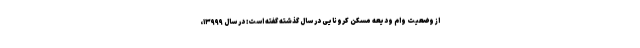
از وضعیت وام ودیعه مسکن کرونایی در سال گذشته گفته است: در سال ۱۳۹۹۹،